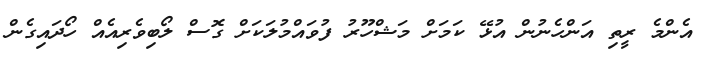
އެންމެ ރީތި އަންހެނުން އުޅޭ ކަމަށް މަޝްހޫރު ފުވައްމުލަކަށް ގޮސް ލޯބިވެރިއެއް ހޯދައިގެން